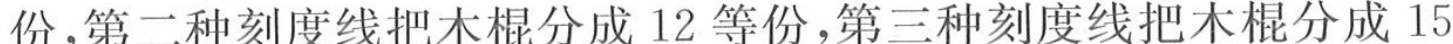
份，第二种刻度线把木棍分成12等份，第三种刻度线把木棍分成15